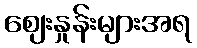
ဈေးနှုန်းများအရ